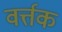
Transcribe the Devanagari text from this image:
वर्त्तक